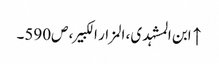
↑ ابن المشہدی، المزار الکبیر، ص590۔